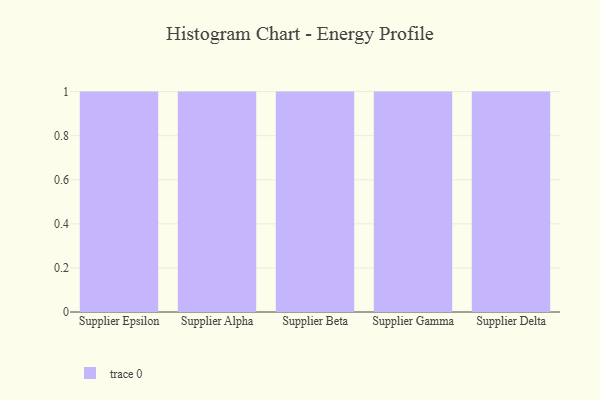
{"axis": {"x": "Supplier", "y": "LTV (USD)"}, "legend": [""], "data": [{"x": "Supplier Epsilon", "y": 45, "type": ""}, {"x": "Supplier Alpha", "y": 85, "type": ""}, {"x": "Supplier Beta", "y": 99, "type": ""}, {"x": "Supplier Gamma", "y": 86, "type": ""}, {"x": "Supplier Delta", "y": 88, "type": ""}]}